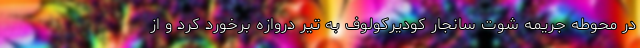
در محوطه جریمه شوت سانجار کودیرکولوف به تیر دروازه برخورد کرد و از